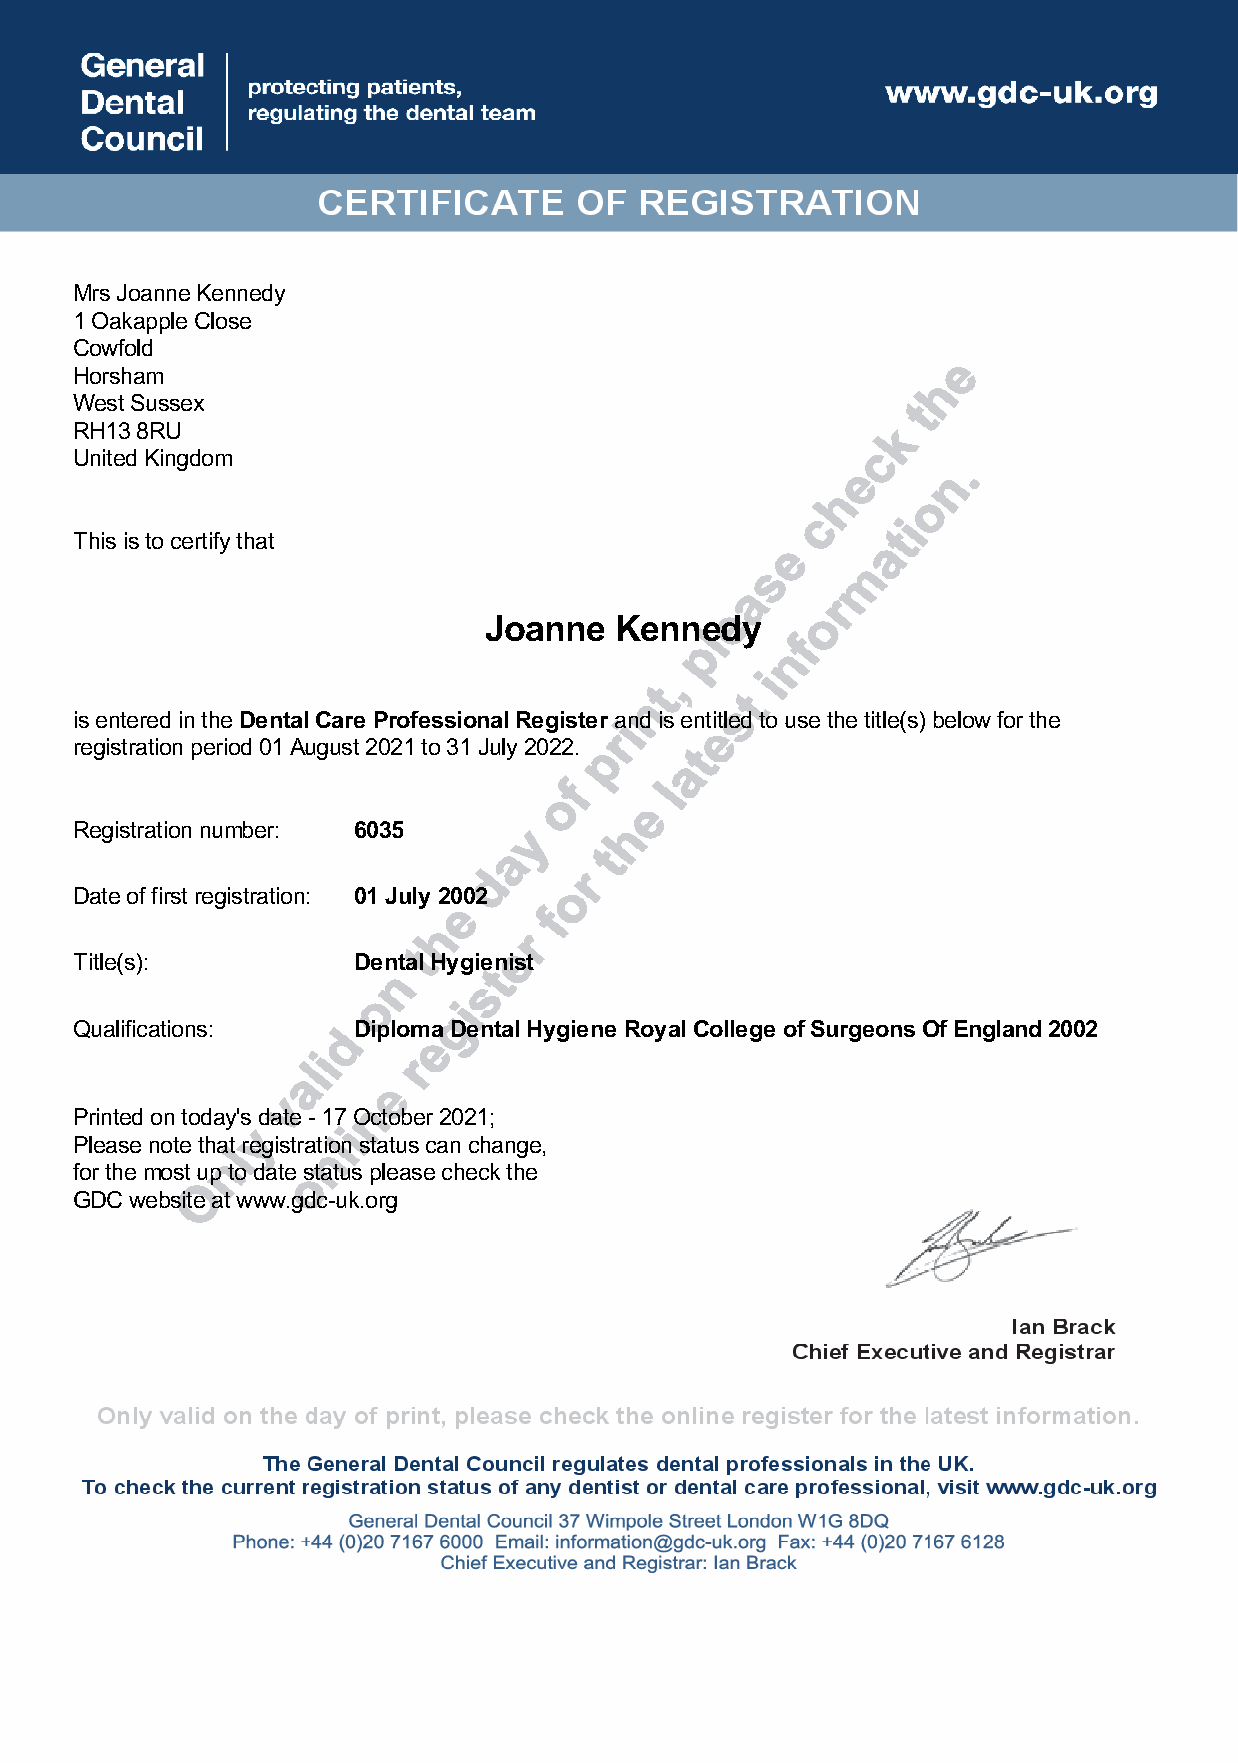
Mrs Joanne Kennedy
 1 Oakapple Close
 Cowfold
 Horsham
 West Sussex
 RH13 8RU
 United Kingdom
 This is to certify that
 Joanne   Kennedy
 is entered in the Dental Care Professional Register and is entitled to use the title(s) below for the
 registration period 01 August 2021 to 31 July 2022.
 Registration number: 6035
 Date of first registration: 01 July 2002
 Title(s):         Dental Hygienist
 Qualifications:   Diploma Dental Hygiene Royal College of Surgeons Of England 2002
 Printed on today's date - 17 October 2021;
 Please note that registration status can change,
 for the most up to date status please check the
 GDC website at www.gdc-uk.org